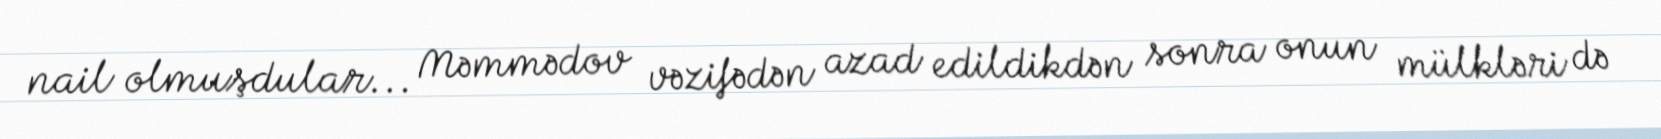
nail olmuşdular... Məmmədov vəzifədən azad edildikdən sonra onun mülkləri də